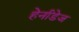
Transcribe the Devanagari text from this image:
हेर्नांडेज